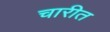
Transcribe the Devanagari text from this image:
चारीत